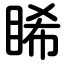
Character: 睎